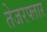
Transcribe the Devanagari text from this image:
तेजरफ्तार